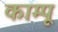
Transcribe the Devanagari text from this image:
काम्पू